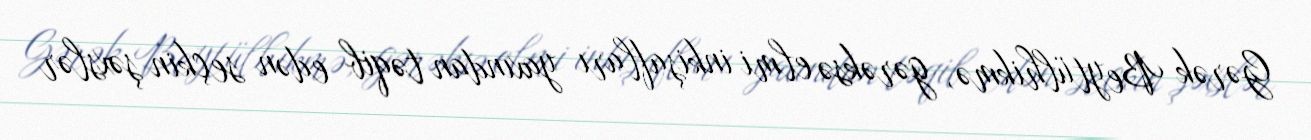
Gərək Beytülhikmə, gərəksə elmi inkişafları yaxından təqib edən seçkin şəxslər